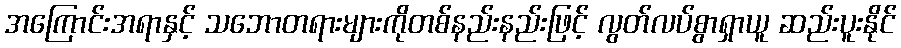
အကြောင်းအရာနှင့် သဘောတရားများကိုတစ်နည်းနည်းဖြင့် လွတ်လပ်စွာရှာယူ ဆည်းပူးနိုင်